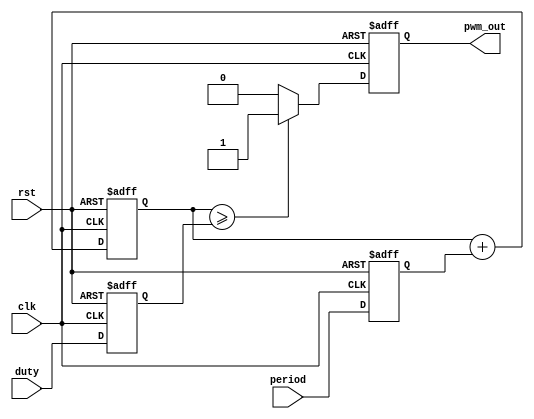
//////////////////////////////////////////////////////////////////////////////////
//  ov5640 lcd display                                                          //
//                                                                              //
//          msq@qq.com                                                          //
//          ALINX(shanghai) Technology Co.,Ltd                                  //
//          heijin                                                              //
//     WEB: http://www.alinx.cn/                                                //
//     BBS: http://www.heijin.org/                                              //
//                                                                              //
//////////////////////////////////////////////////////////////////////////////////
//                                                                              //
// Copyright (c) 2017,ALINX(shanghai) Technology Co.,Ltd                        //
//                    All rights reserved                                       //
//                                                                              //
// This source file may be used and distributed without restriction provided    //
// that this copyright statement is not removed from the file and that any      //
// derivative work contains the original copyright notice and the associated    //
// disclaimer.                                                                  //
//                                                                              //
//////////////////////////////////////////////////////////////////////////////////

//================================================================================
//   Description:  pwm model
//   pwm out period = frequency(pwm_out) * (2 ** N) / frequency(clk);
//
//================================================================================
//  Revision History:
//  Date          By            Revision    Change Description
//--------------------------------------------------------------------------------
//  2017/5/3     meisq          1.0         Original
//********************************************************************************/
`timescale 1ns / 1ps
module ax_pwm
#(
	parameter N = 16 //pwm bit width 
)
(
    input         clk,
    input         rst,
    input[N - 1:0]period,
    input[N - 1:0]duty,
    output        pwm_out 
    );
 
reg[N - 1:0] period_r;
reg[N - 1:0] duty_r;
reg[N - 1:0] period_cnt;
reg pwm_r;
assign pwm_out = pwm_r;
always@(posedge clk or posedge rst)
begin
    if(rst==1)
    begin
        period_r <= { N {1'b0} };
        duty_r <= { N {1'b0} };
    end
    else
    begin
        period_r <= period;
        duty_r   <= duty;
    end
end

always@(posedge clk or posedge rst)
begin
    if(rst==1)
        period_cnt <= { N {1'b0} };
    else
        period_cnt <= period_cnt + period_r;
end

always@(posedge clk or posedge rst)
begin
    if(rst==1)
    begin
        pwm_r <= 1'b0;
    end
    else
    begin
        if(period_cnt >= duty_r)
            pwm_r <= 1'b1;
        else
            pwm_r <= 1'b0;
    end
end

endmodule